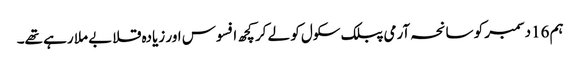
ہم 16دسمبر کو سانحہ آرمی پبلک سکول کو لے کر کچھ افسوس اور زیادہ قلابے ملا رہے تھے۔